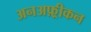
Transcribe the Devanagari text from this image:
अनअफ़्रीकन